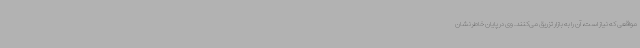
مواقعی که نیاز است، آن را به بازار تزریق می‌کنند. وی در پایان خاطرنشان